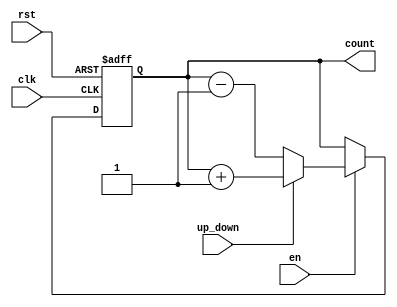
module UpDownCounter (
    input wire clk,          // Clock signal
    input wire rst,          // Reset signal (active high)
    input wire en,           // Enable signal (active high)
    input wire up_down,      // Up/Down control signal (1 for up, 0 for down)
    output reg [7:0] count   // Count value (8-bit wide, adjust as needed)
);

    // Initial value for the count
    initial begin
        count = 8'b0; // Initialize count to zero
    end

    // Synchronous operation
    always @(posedge clk or posedge rst) begin
        if (rst) begin
            // Reset the count to zero
            count <= 8'b0;
        end else if (en) begin
            // Count up or down based on the up_down control signal
            if (up_down) begin
                // Increment the count
                count <= count + 1;
            end else begin
                // Decrement the count
                count <= count - 1;
            end
        end
    end

endmodule